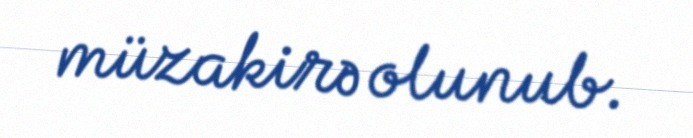
müzakirə olunub.